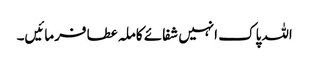
اللہ پاک انہیں شفائے کاملہ عطا فرمائیں۔